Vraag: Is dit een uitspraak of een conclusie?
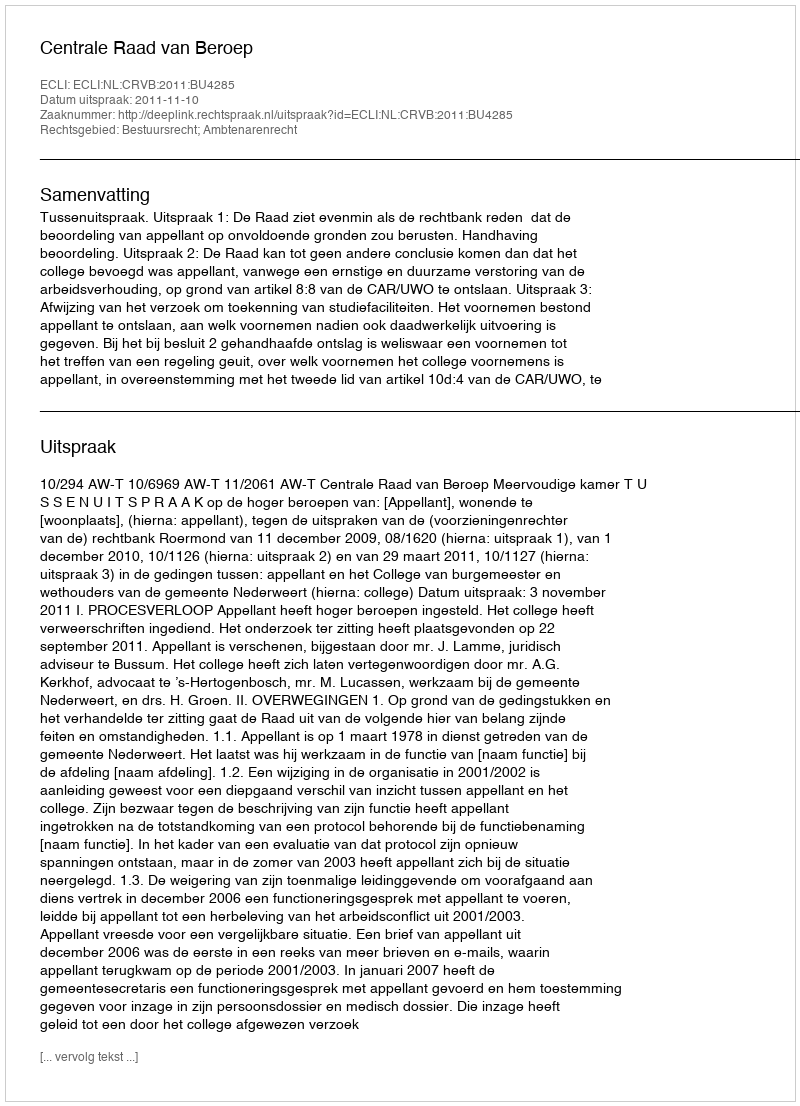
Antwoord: Uitspraak